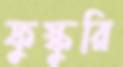
ফুস্কুরি